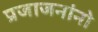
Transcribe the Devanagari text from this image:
प्रजाजनांनो